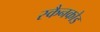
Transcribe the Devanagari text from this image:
स्कैनकोड